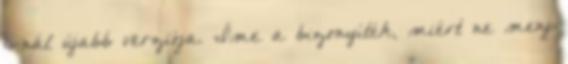
6-nál újabb verziója. Íme a bizonyíték, miért ne menj